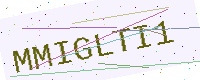
Text: MMIGLTI1